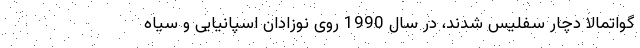
گواتمالا دچار سفلیس شدند، در سال 1990 روی نوزادان اسپانیایی و سیاه